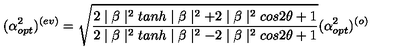
( \alpha _ { o p t } ^ { 2 } ) ^ { ( e v ) } = \sqrt { \frac { 2 \mid \beta \mid ^ { 2 } t a n h \mid \beta \mid ^ { 2 } + 2 \mid \beta \mid ^ { 2 } c o s 2 \theta + 1 } { 2 \mid \beta \mid ^ { 2 } t a n h \mid \beta \mid ^ { 2 } - 2 \mid \beta \mid ^ { 2 } c o s 2 \theta + 1 } } ( \alpha _ { o p t } ^ { 2 } ) ^ { ( o ) } \nonumber \,